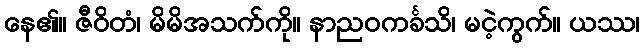
နေ၏။ ဇီဝိတံ၊ မိမိအသက်ကို။ နာညဝကင်္ခသိ၊ မငဲ့ကွက်။ ယဿ၊